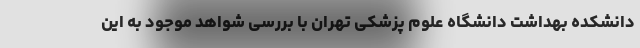
دانشکده بهداشت دانشگاه علوم پزشکی تهران با بررسی شواهد موجود به این